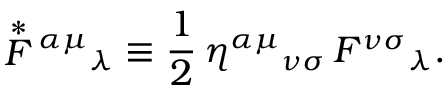
\stackrel { * } { F } { } ^ { \alpha \mu } { } _ { \lambda } \equiv \frac { 1 } { 2 } \, \eta ^ { \alpha \mu } { } _ { \nu \sigma } \, F ^ { \nu \sigma } { } _ { \lambda } .